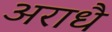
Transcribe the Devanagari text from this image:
अराधै